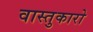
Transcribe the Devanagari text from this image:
वास्तुकारो